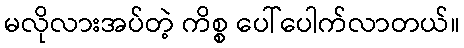
မလိုလားအပ်တဲ့ ကိစ္စ ပေါ်ပေါက်လာတယ်။